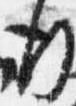
行